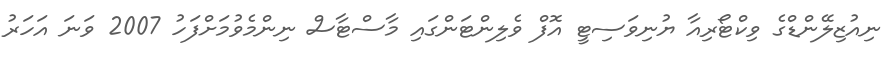
ނިއުޒިލޭންޑްގެ ވިކްޓޯރިއާ ޔުނިވަސިޓީ އޮފް ވެލިންޓަންގައި މާސްޓާސް ނިންމެވުމަށްފަހު 2007 ވަނަ އަހަރު